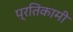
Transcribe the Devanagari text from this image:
प्रतिकामी